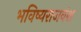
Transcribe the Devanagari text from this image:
भविष्यराजवंश